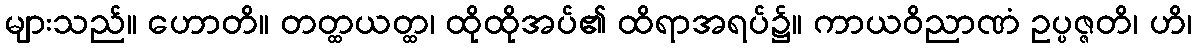
များသည်။ ဟောတိ။ တတ္ထယတ္ထ၊ ထိုထိုအပ်၏ ထိရာအရပ်၌။ ကာယဝိညာဏံ ဥပ္ပဇ္ဇတိ၊ ဟိ၊